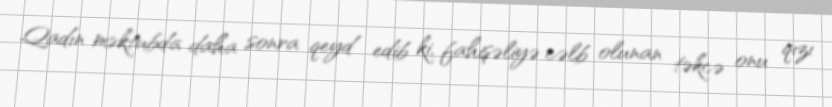
Qadın məktubda daha sonra qeyd edib ki, fahişəliyə cəlb olunan təkcə onu qızı